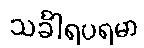
သင်္ခါရပရမာ